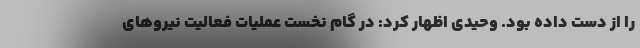
را از دست داده بود. وحیدی اظهار کرد: در گام نخست عملیات فعالیت نیروهای